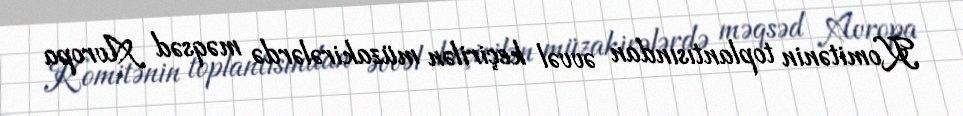
Komitənin toplantısından əvvəl keçirilən müzakirələrdə məqsəd Avropa